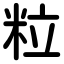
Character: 粒